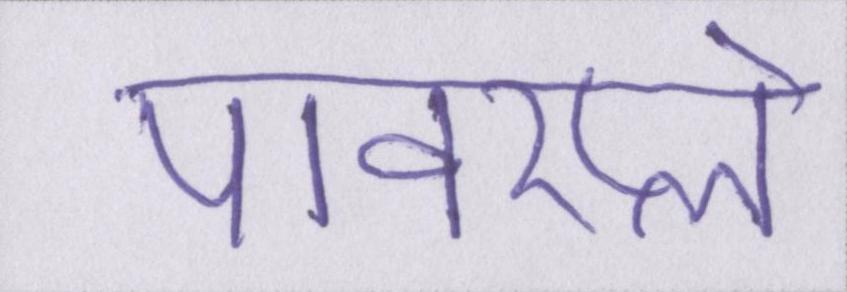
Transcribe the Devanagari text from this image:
पावरप्ले